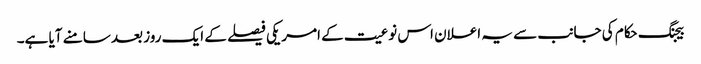
بیجنگ حکام کی جانب سے یہ اعلان اس نوعیت کے امریکی فیصلے کے ایک روز بعد سامنے آیا ہے۔